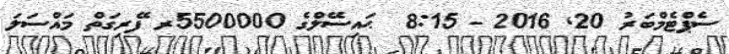
ސެޕްޓެމްބަރު 20